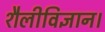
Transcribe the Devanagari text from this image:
शैलीविज्ञान।